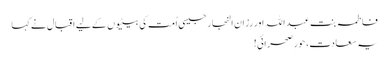
فاطمہ بنت عبد اللہ اور رزان النجار جیسی اُمت کی بیٹیوں کے لیے اقبال نے کہا
یہ سعادت، حورِ صحرائی!